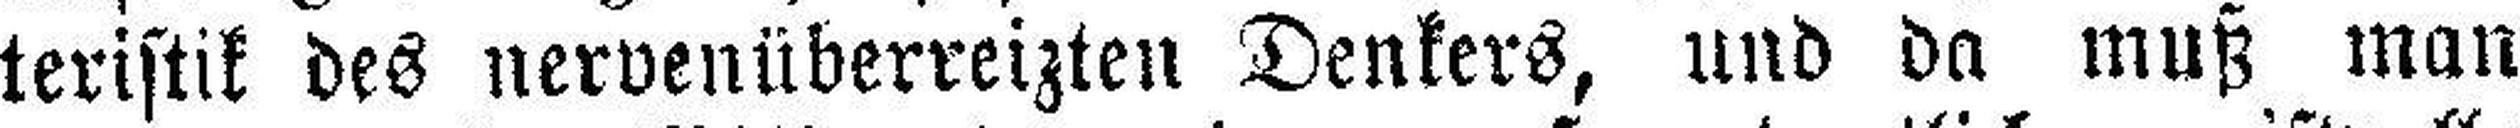
teristik des nervenüberreizten Denkers, und da muß man